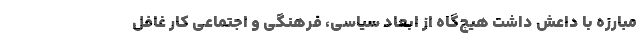
مبارزه با داعش داشت هیچ‌گاه از ابعاد سیاسی، فرهنگی و اجتماعی کار غافل